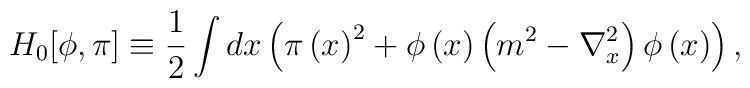
H_0[\phi,\pi]\equiv \frac{1}{2} \int dx\left(  \pi\left(  x\right) ^{2}+\phi\left( x\right)  \left( m^{2}-\nabla_{x}^{2}\right)  \phi\left(  x\right)  \right),